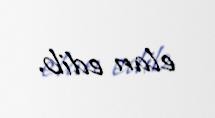
elan edib.